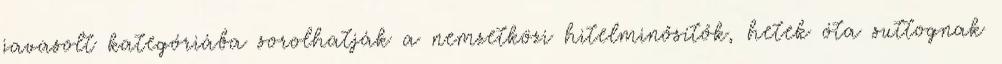
javasolt kategóriába sorolhatják a nemzetközi hitelminősítők, hetek óta suttognak